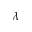
\lambda